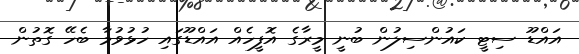
އައްޑޫ ސިޓީ ކައުންސިލުން ބުނީ މީރާގެ އޮފީހެއް އައްޑޫގައި ހުޅުވުމާ ބެހޭ ގޮތުން